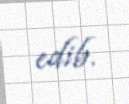
edib.